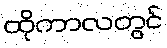
ထိုကာလတွင်